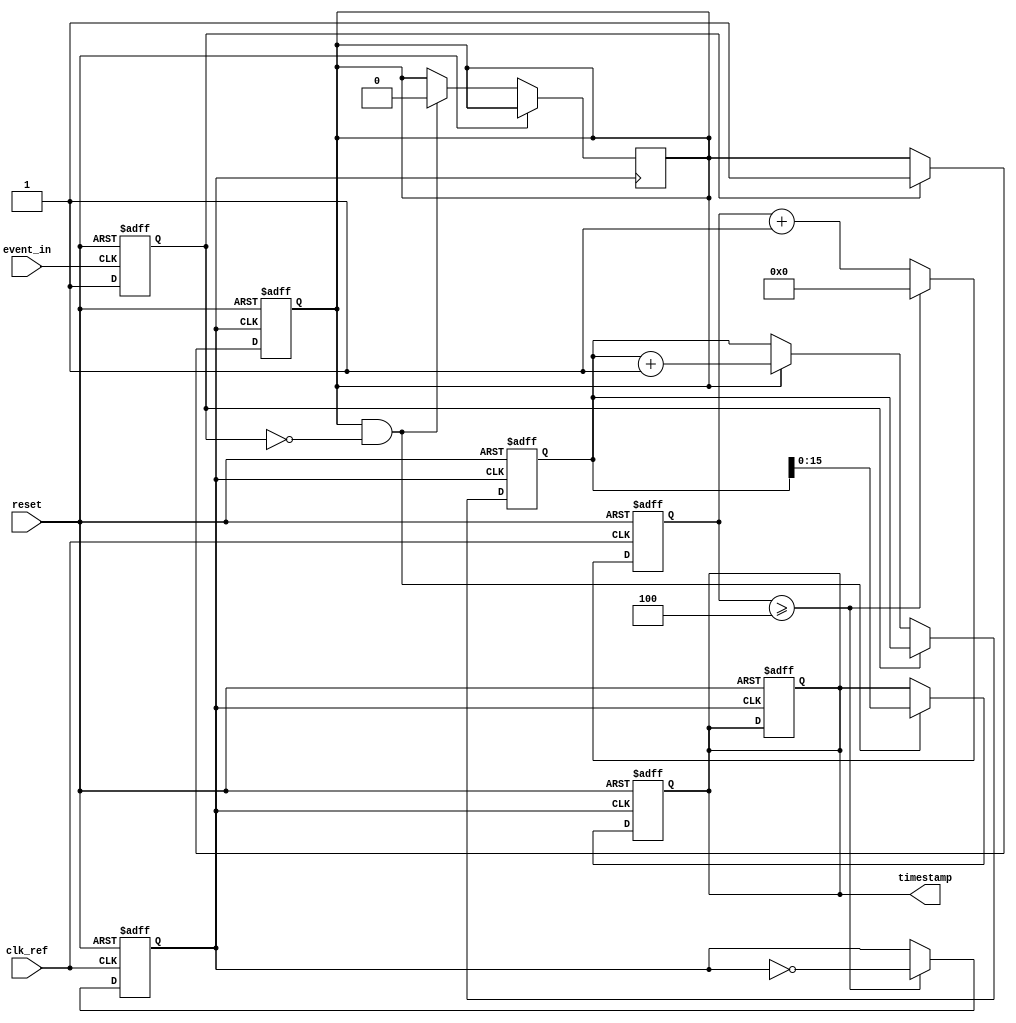
module TDC_PLL (
    input wire clk_ref,         // Reference clock input
    input wire event_in,        // Event input signal
    input wire reset,           // Reset signal
    output reg [15:0] timestamp // Timestamp output register
);

    // PLL generated clock (simulated here as a derived clock)
    reg clk_pll;
    reg [31:0] pll_counter;
    parameter PLL_MULTIPLIER = 8; // PLL multiplier for output frequency

    // Counter for TDC
    reg [31:0] count;
    reg counting; // Counting flag

    // Generate PLL clock (for simulation purposes)
    always @(posedge clk_ref or posedge reset) begin
        if (reset) begin
            pll_counter <= 0;
            clk_pll <= 0;
        end else begin
            // Simulate PLL behavior
            pll_counter <= pll_counter + 1;
            if (pll_counter >= (PLL_MULTIPLIER / 2)) begin
                clk_pll <= ~clk_pll; // Toggle PLL output clock
                pll_counter <= 0;
            end
        end
    end

    // Event Detection
    reg event_detected;
    always @(posedge event_in or posedge reset) begin
        if (reset) begin
            event_detected <= 0;
        end else begin
            event_detected <= 1; // Event detected on rising edge
        end
    end

    // High-Speed Counter
    always @(posedge clk_pll or posedge reset) begin
        if (reset) begin
            count <= 0;
            counting <= 0;
            timestamp <= 0; // Clear timestamp
        end else if (event_detected) begin
            counting <= 1; // Start counting on event
        end else if (counting) begin
            count <= count + 1; // Increment counter
        end
    end

    // Latch Timestamp
    always @(posedge clk_pll or posedge reset) begin
        if (reset) begin
            timestamp <= 0; // Clear timestamp
        end else if (counting && (event_detected == 0)) begin
            timestamp <= count; // Latch count as timestamp
            counting <= 0; // Stop counting after latching
        end
    end

endmodule